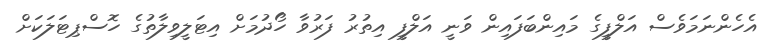
އެހެންނަމަވެސް އަލްފީގެ މައިންބަފައިން ވަނީ އަލްފީ އިތުރު ފަރުވާ ހޯދުމަށް އިޓަލީވިލާތުގެ ހޮސްޕިޓަލަކަށް